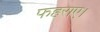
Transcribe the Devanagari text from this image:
फहराए।